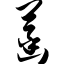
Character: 菡